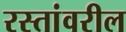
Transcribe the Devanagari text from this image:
रस्तांवरील